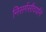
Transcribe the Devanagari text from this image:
निसर्गसौदर्यांने